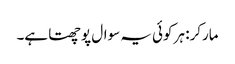
مارکر: ہر کوئی یہ سوال پوچھتا ہے۔